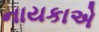
નાયકાએ